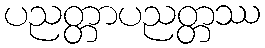
ပညတ္တာပညတ္တဿ